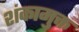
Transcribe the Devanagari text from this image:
शंकामुक्त